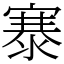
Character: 𪧦